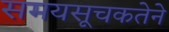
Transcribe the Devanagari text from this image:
समयसूचकतेने